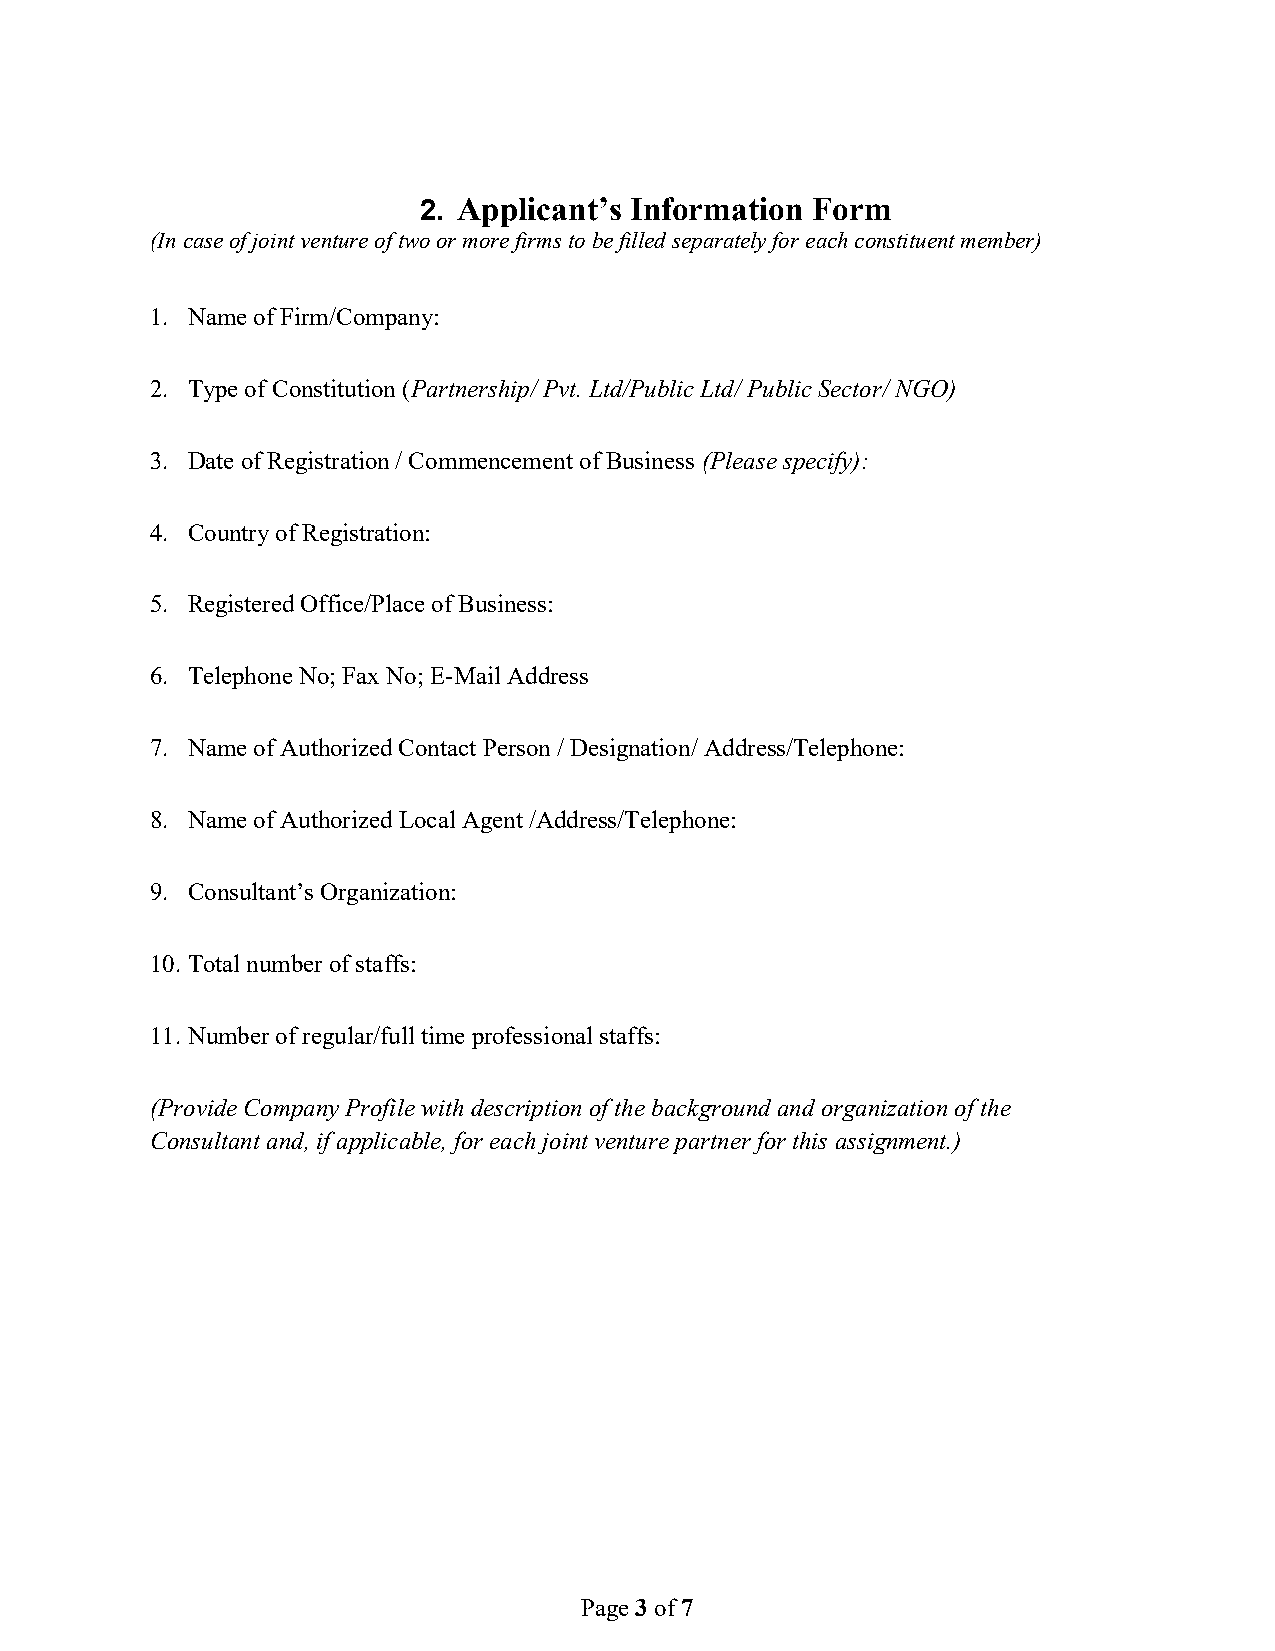
2. Applicant’s Information Form
 (In case of joint venture of two or more firms to be filled separately for each constituent member)
 1. Name of Firm/Company:
 2. Type of Constitution (Partnership/ Pvt. Ltd/Public Ltd/ Public Sector/ NGO)
 3. Date of Registration / Commencement of Business (Please specify):
 4. Country of Registration:
 5. Registered Office/Place of Business:
 6. Telephone No; Fax No; E-Mail Address
 7. Name of Authorized Contact Person / Designation/ Address/Telephone:
 8. Name of Authorized Local Agent /Address/Telephone:
 9. Consultant’s Organization:
 10. Total number of staffs:
 11. Number of regular/full time professional staffs:
 (Provide Company Profile with description of the background and organization of the
 Consultant and, if applicable, for each joint venture partner for this assignment.)
 Page 3 of 7